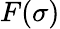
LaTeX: F(\sigma)